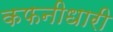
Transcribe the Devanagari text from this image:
कफनीधारी